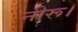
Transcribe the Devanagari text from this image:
नीरू।